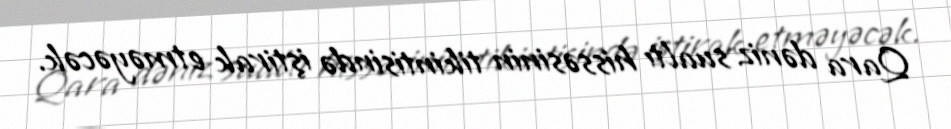
Qara dəniz sualtı hissəsinin tikintisində iştirak etməyəcək.